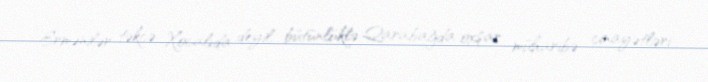
Ermənilər təkcə Xocalıda deyil, bütünlüklə Qarabağda oxşar müharibə cinayətləri